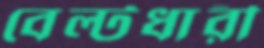
বেল্টধারী